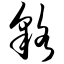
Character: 貉